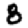
Digit: 8